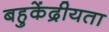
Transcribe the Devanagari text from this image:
बहुकेंद्रीयता